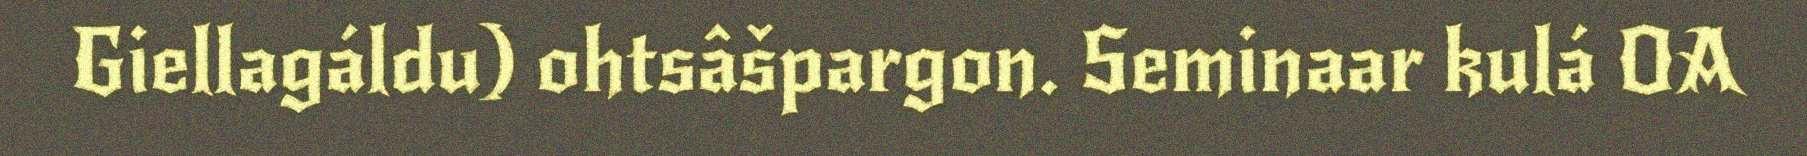
Giellagáldu) ohtsâšpargon. Seminaar kulá OA